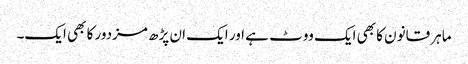
ماہر قانون کا بھی ایک ووٹ ہے اور ایک ان پڑھ مزدور کا بھی ایک۔